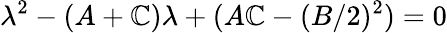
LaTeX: \lambda^{2}-(A+\mathbb{C})\lambda+(A\mathbb{C}-(B/2)^{2})=0